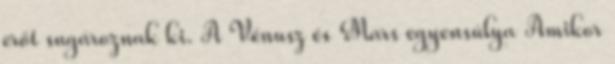
erőt sugároznak ki. A Vénusz és Mars egyensúlya Amikor